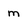
Character: m